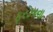
ફરઝાના